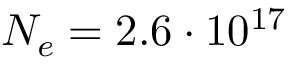
N _ { e } = 2 . 6 \cdot 1 0 ^ { 1 7 }